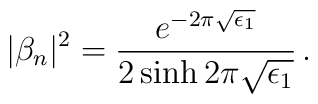
|\beta_n|^2 = \frac{e^{-2\pi \sqrt{\epsilon_1}}}{2 \sinh 2\pi \sqrt{\epsilon_1}} \,.